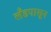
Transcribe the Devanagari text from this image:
लँडपासून